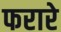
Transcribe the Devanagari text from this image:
फरारे